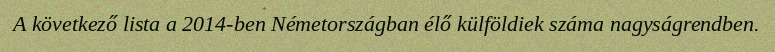
A következő lista a 2014-ben Németországban élő külföldiek száma nagyságrendben.